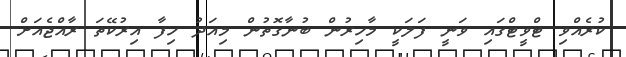
ކުރެއްވި ޓްވީޓްގައި ވަނީ ފަލަކީ މާހިރުން ބުނާގޮތުން މިއަދު ހިފާ އިރުކޭތަ ރާއްޖެއަށް